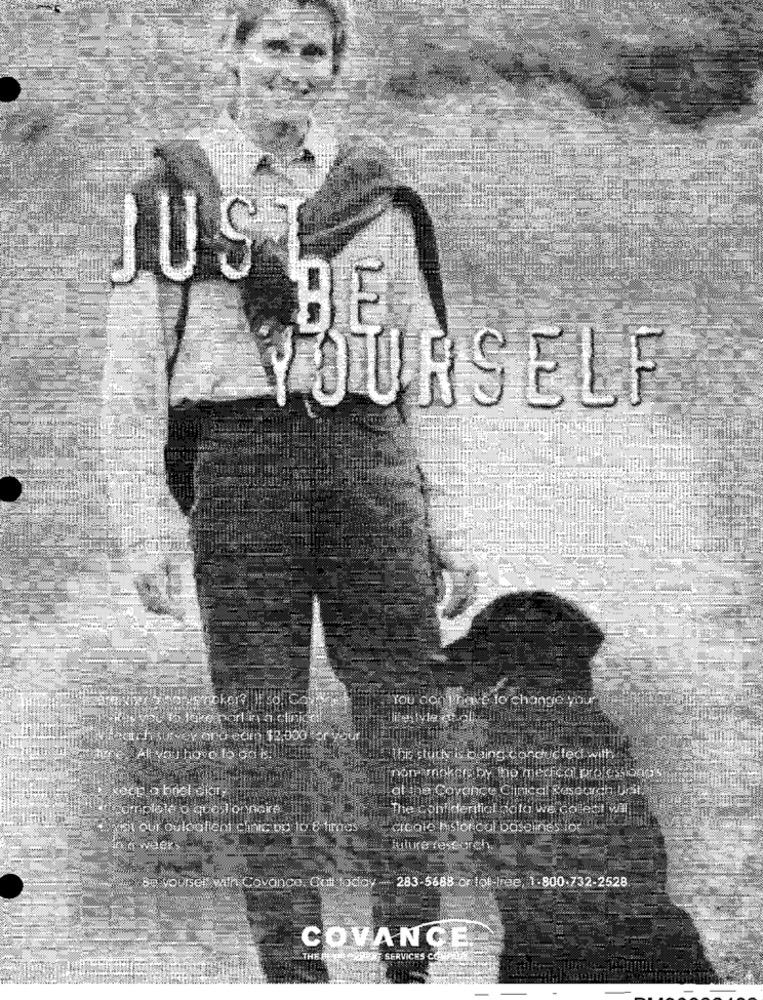
JUS
BE
YOURSELF
You don't have lo change your
survey and earn 12,000 for your
Atyou hove to
this study i being conducted with
non wankers by tho medical professiongs
at the Covance Clinical Seseuch Unit.
tromriplele o que l'onnoire
The Confidential nala we coledi vil
meit our ouloulicht clinic bp 10 8 times
create histor cal baselines for"
future research.
Se yourself with Covance. Call today - 283-5688 or lot-free, 1- 800.732-2528
COVANCE
THE
PROX SERVICES COM